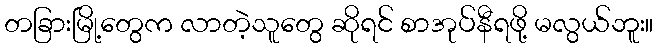
တခြားမြို့တွေက လာတဲ့သူတွေ ဆိုရင် စာအုပ်နီရဖို့ မလွယ်ဘူး။